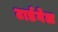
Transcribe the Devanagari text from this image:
टार्डवेल